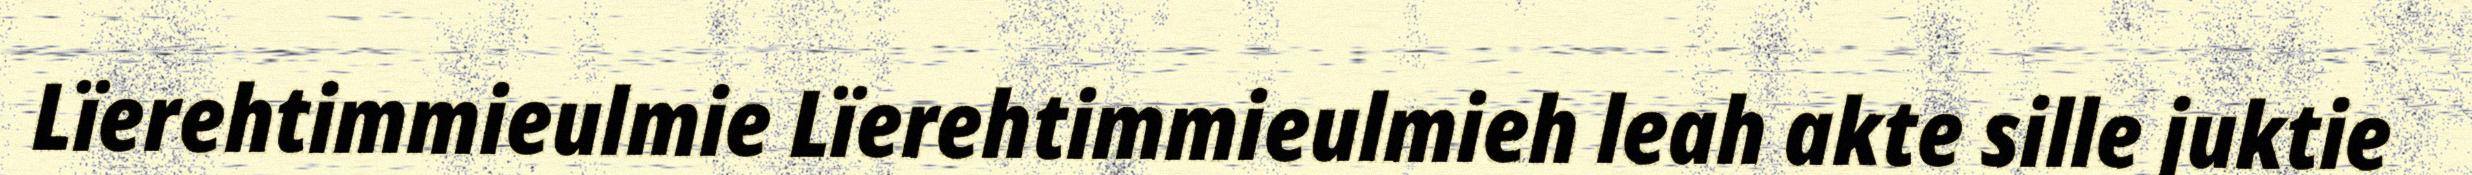
Lïerehtimmieulmie Lïerehtimmieulmieh leah akte sille juktie